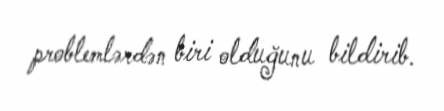
problemlərdən biri olduğunu bildirib.